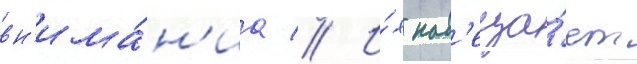
вн'има́н'иа // И́х нав'еща́ет